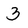
Character: 3